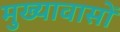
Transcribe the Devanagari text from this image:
मुख्यावासों